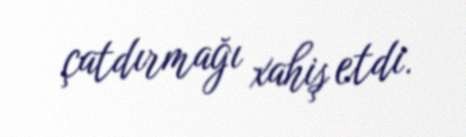
çatdırmağı xahiş etdi.